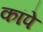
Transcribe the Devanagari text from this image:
कांपे